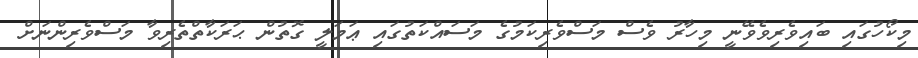
މިކޯހުގައި ބައިވެރިވެވޭނީ މިހާރު ވެސް މަސްވެރިކަމުގެ މަސައްކަތުގައި ޢަމަލީ ގޮތުން ޙަރަކާތްތެރިވާ މަސްވެރިންނަށް